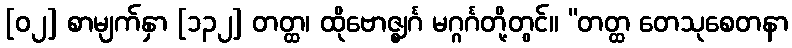
[၀၂] စာမျက်နှာ [၁၃၂] တတ္ထ၊ ထိုဗောဇ္ဈင်္ဂ မဂ္ဂင်္ဂတို့တွင်။ “တတ္ထ တေသုစေတနာ